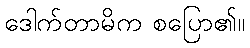
ဒေါက်တာမိက စပြော၏။